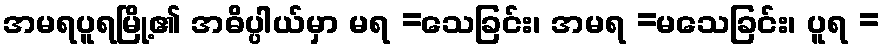
အမရပူရမြို့၏ အဓိပ္ပါယ်မှာ မရ =သေခြင်း၊ အမရ =မသေခြင်း၊ ပူရ =